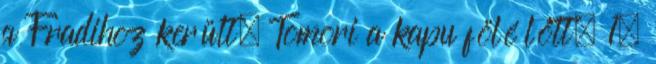
a Fradihoz került, Tomori a kapu fölé lőtt. 1.